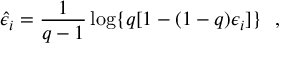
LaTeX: \hat { \epsilon } _ { i } = \frac { 1 } { q - 1 } \log \{ q [ 1 - ( 1 - q ) \epsilon _ { i } ] \} \ \ ,